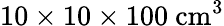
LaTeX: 10\times 10\times 100\ \mathrm{cm^{3}}